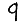
Digit: 9